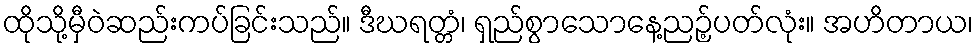
ထိုသို့မှီဝဲဆည်းကပ်ခြင်းသည်။ ဒီဃရတ္တံ၊ ရှည်စွာသောနေ့ညဉ့်ပတ်လုံး။ အဟိတာယ၊